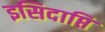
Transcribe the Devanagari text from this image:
इसिदाप्ति